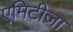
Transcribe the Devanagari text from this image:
एमिटीज़ा